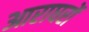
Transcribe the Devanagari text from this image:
आराघरों